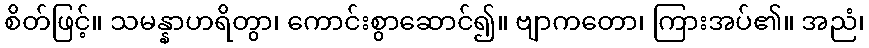
စိတ်ဖြင့်။ သမန္နာဟရိတွာ၊ ကောင်းစွာဆောင်၍။ ဗျာကတော၊ ကြားအပ်၏။ အညံ၊